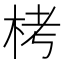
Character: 栲